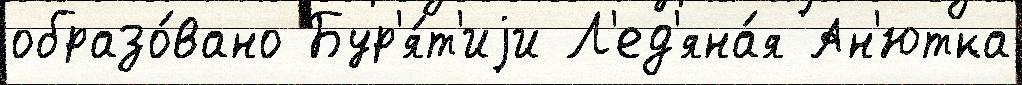
образо́вано Бур'я́т'иjи Л'ед'яна́я Ан'ютка